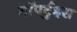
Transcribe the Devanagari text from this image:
मॉपर्टुइस